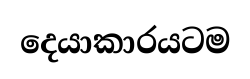
දෙයාකාරයටම